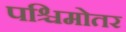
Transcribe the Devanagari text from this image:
पश्चिमोतर